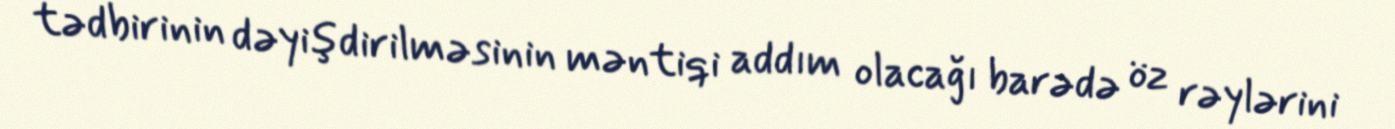
tədbirinin dəyişdirilməsinin məntiqi addım olacağı barədə öz rəylərini